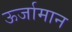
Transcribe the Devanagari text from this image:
ऊर्जामान